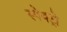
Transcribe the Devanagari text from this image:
स्पेक्ट्रो